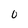
Character: O